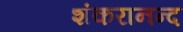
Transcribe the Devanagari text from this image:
शंकरानन्द